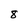
Character: 8